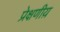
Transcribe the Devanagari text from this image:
प्रेक्षणीय़